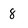
Character: 8